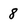
Character: 8